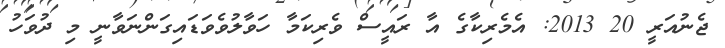
ޖެނުއަރީ 20 2013: އެމެރިކާގެ އާ ރައީސް ވެރިކަމާ ހަވާލުވެވަޑައިގަންނަވާނީ މި ދުވަހު